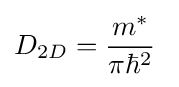
D_{2D}={\frac {m^{*}}{\pi \hbar ^{2}}}\